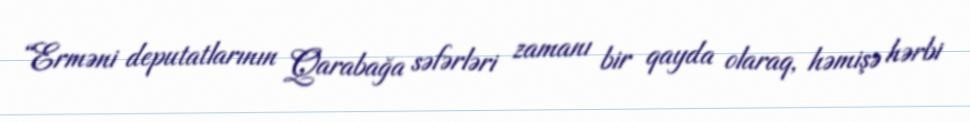
“Erməni deputatlarının Qarabağa səfərləri zamanı bir qayda olaraq, həmişə hərbi